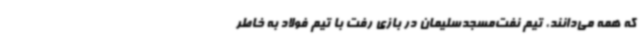
که همه می‌دانند، تیم نفت‌مسجدسلیمان در بازی رفت با تیم فولاد به خاطر